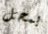
بمحل